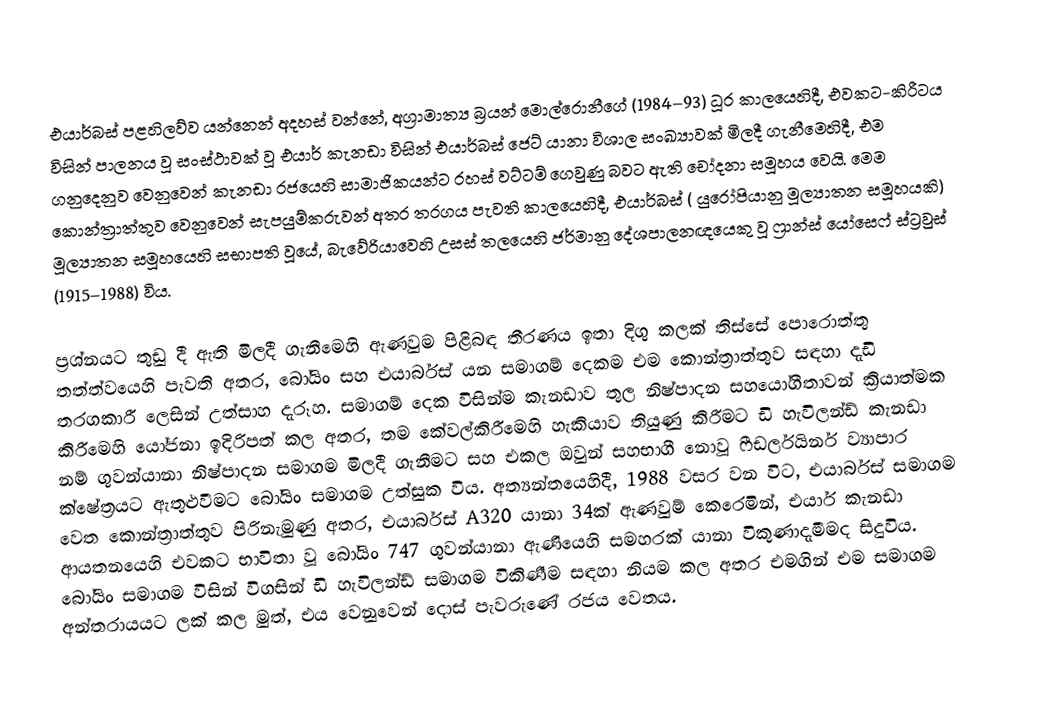
එයාර්බස් පළහිලව්ව යන්නෙන් අදහස් වන්නේ, අග්‍රාමාත්‍ය බ්‍රයන් මොල්රොනීගේ (1984–93) ධූර කාලයෙහිදී, එවකට-කිරීටය විසින් පාලනය වූ සංස්ථාවක් වූ එයාර් කැනඩා විසින්  එයාර්බස් ජෙට් යානා විශාල සංඛ්‍යාවක් මිලදී ගැනීමෙහිදී, එම ගනුදෙනුව වෙනුවෙන් කැනඩා රජයෙහි සාමාජිකයන්ට රහස් වට්ටම් ගෙවුණු බවට ඇති චෝදනා සමූහය වෙයි. මෙම කොන්ත්‍රාත්තුව වෙනුවෙන් සැපයුම්කරුවන් අතර තරගය පැවති කාලයෙහිදී,  එයාර්බස් ( යුරෝපියානු මූල්‍යාතන සමූහයකි) මූල්‍යාතන සමූහයෙහි සභාපති වූයේ, බැවේරියාවෙහි උසස් තලයෙහි ජර්මානු දේශපාලනඥයෙකු වූ ෆ්‍රාන්ස් යෝසෙෆ් ස්ට්‍රවුස් (1915–1988) විය.

ප්‍රශ්නයට තුඩු දී ඇති මිලදී ගැනීමෙහි ඇණවුම පිළිබඳ තීරණය ඉතා දිගු කලක් තිස්සේ පොරොත්තු තත්ත්වයෙහි පැවති අතර,  බෝයිං සහ එයාර්බස් යන සමාගම් දෙකම එම කොන්ත්‍රාත්තුව සඳහා දැඩි තරගකාරී ලෙසින් උත්සාහ දැරූහ. සමාගම් දෙක විසින්ම කැනඩාව තුල නිෂ්පාදන සහයෝගීතාවන් ක්‍රියාත්මක කිරීමෙහි යෝජනා ඉදිරිපත් කල අතර, තම කේවල්කිරීමෙහි හැකියාව තියුණු කිරීමට ඩි හැවිලන්ඩ් කැනඩා නම් ගුවන්යානා නිෂ්පාදන සමාගම මිලදී ගැනීමට සහ එකල ඔවුන් සහභාගී නොවූ   ෆීඩර්ලයිනර් ව්‍යාපාර ක්ෂේත්‍රයට ඇතුළුවීමට බෝයිං සමාගම උත්සුක විය. අත්‍යන්තයෙහිදී, 1988 වසර වන විට, එයාර්බස් සමාගම වෙත කොන්ත්‍රාත්තුව පිරිනැමුණු අතර, එයාර්බස් A320 යානා 34ක් ඇණවුම් කෙරෙමින්, එයාර් කැනඩා ආයතනයෙහි එවකට භාවිතා වූ බෝයිං 747 ගුවන්යානා ඇණියෙහි සමහරක් යානා විකුණාදැමීමද සිදුවිය. බෝයිං සමාගම විසින් විගසින් ඩි හැවිලන්ඩ් සමාගම  විකිණීම සඳහා නියම කල අතර එමගින් එම සමාගම අන්තරායයට ලක් කල මුත්, එය වෙනුවෙන් දොස් පැවරුණේ රජය වෙතය.